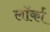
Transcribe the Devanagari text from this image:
लॉर्का